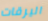
اليرقات